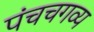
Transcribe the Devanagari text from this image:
पंचचगव्य